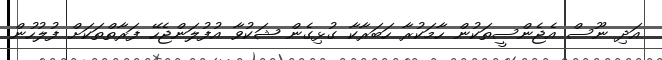
އަދި ނޫސް އެޖެންސީތަކުން ހާމަކުރާ ހަބަރާކާ ގުޅިގެން ޝަކުވާ އުފުލަންޖެހޭ ފަރާތްތަކަށް ފުލުހުން